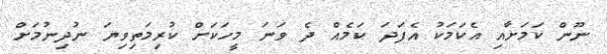
ނޫން ކަމަށާއި އެކަމަކު އެފަދަ ކަމެއް ދެ ވަނަ މީހަކަށް ކުރިމަތިވިޔަ ނުދިނުމަށް